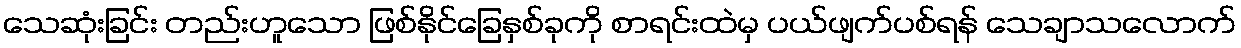
သေဆုံးခြင်း တည်းဟူသော ဖြစ်နိုင်ခြေနှစ်ခုကို စာရင်းထဲမှ ပယ်ဖျက်ပစ်ရန် သေချာသလောက်